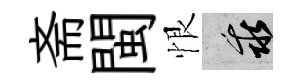
斋閩恨乖